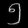
Digit: ၅